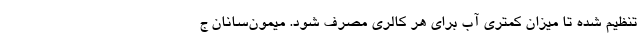
تنظیم شده تا میزان کمتری آب برای هر کالری مصرف شود. میمون‌سانان ج